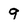
Character: 9